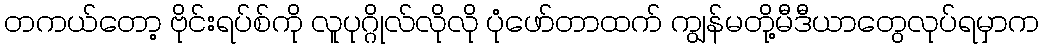
တကယ်တော့ ဗိုင်းရပ်စ်ကို လူပုဂ္ဂိုလ်လိုလို ပုံဖော်တာထက် ကျွန်မတို့မီဒီယာတွေလုပ်ရမှာက